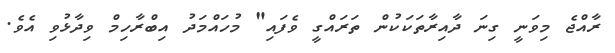
ރާއްޖެ މިވަނީ ގިނަ ދާއިރާތަކަކުން ތަރައްގީ ވެފައި" މުހައްމަދު އިބްރާހިމް ވިދާޅުވި އެވެ.